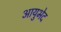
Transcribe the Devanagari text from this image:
आयुभेद